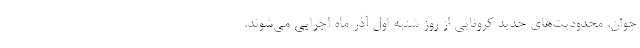
جوان، محدودیت‌های جدید کرونایی از روز شنبه اول آذر ماه اجرایی می‌شوند،